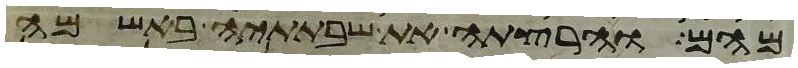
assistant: מהם והרצתה את שבתתיה באשמה